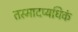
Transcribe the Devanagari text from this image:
तस्मादप्यधिकं